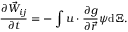
\frac { \partial \vec { W } _ { i j } } { \partial t } = - \int \boldsymbol { u } \cdot \frac { \partial g } { \partial \vec { r } } \boldsymbol { \psi } \mathrm { d } \boldsymbol { \Xi } .